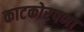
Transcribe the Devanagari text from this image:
काटकोरपणा